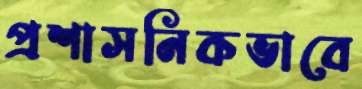
প্রশাসনিকভাবে